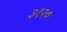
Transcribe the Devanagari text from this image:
३१२७